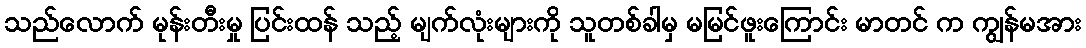
သည်လောက် မုန်းတီးမှု ပြင်းထန် သည့် မျက်လုံးများကို သူတစ်ခါမှ မမြင်ဖူးကြောင်း မာတင် က ကျွန်မအား